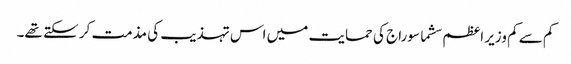
کم سے کم وزیر اعظم سشما سوراج کی حمایت میں اس تہذیب کی مذمت کر سکتے تھے۔